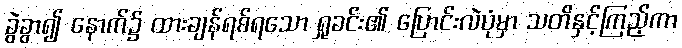
ခွဲခွာ၍ နောက်၌ ထားချန်ရစ်ရသော ရှုခင်း၏ ပြောင်းလဲပုံမှာ သတိနှင့်ကြည့်ကာ